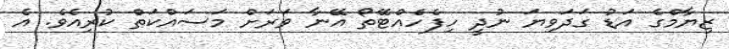
ޒިޔާމްގެ އަޑު ގަދަވިޔަ ނުދީ ހިފެހެއްޓޭތޯ އޭނާ ވަރަށް މަސައްކަތް ކުރިއެވެ. އެ